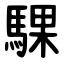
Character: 騍